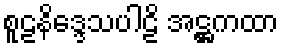
စူဠနိဒ္ဒေသပါဠိ အဋ္ဌကထာ